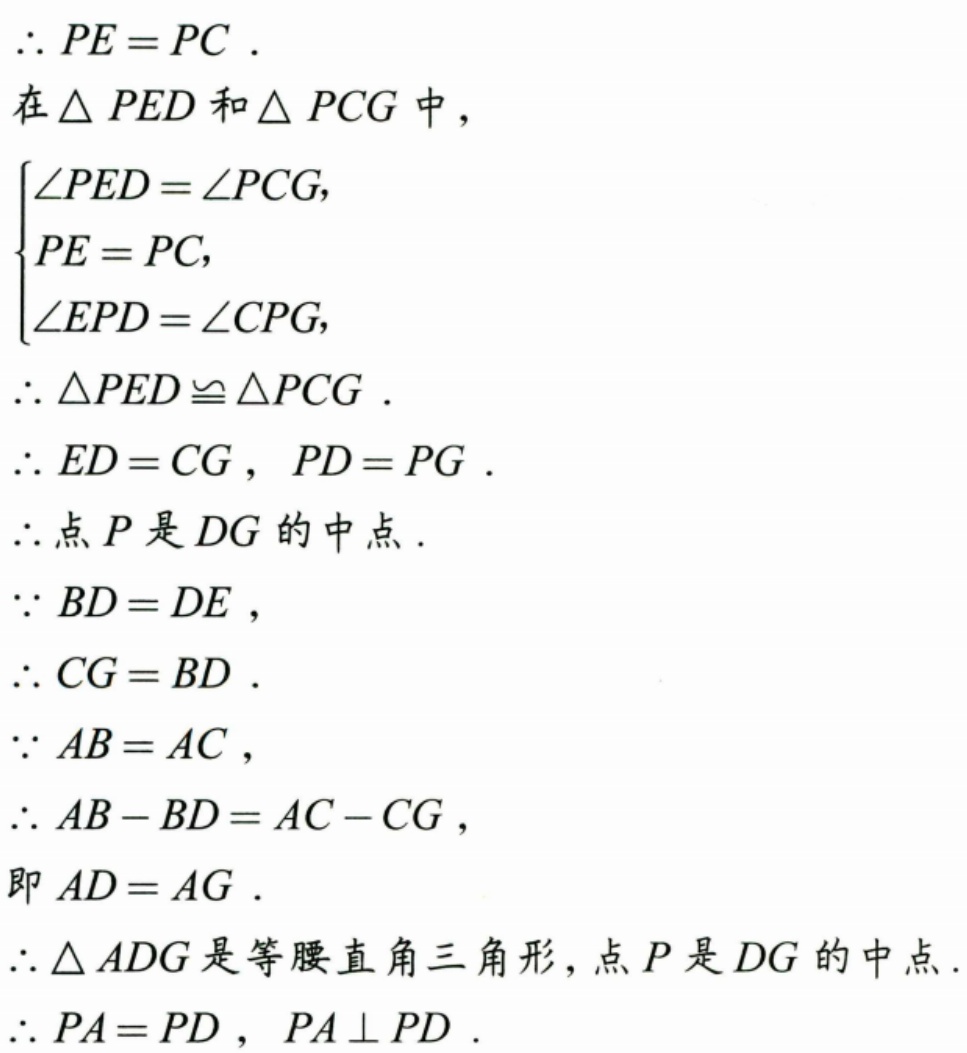
\(\therefore PE = PC\).
在\(\triangle PED\)和\(\triangle PCG\)中，
\(\begin{cases}\angle PED=\angle PCG,\\PE = PC,\\\angle EPD=\angle CPG,\end{cases}\)
\(\therefore\triangle PED\cong\triangle PCG\).
\(\therefore ED = CG\)，\(PD = PG\).
\(\therefore\)点\(P\)是\(DG\)的中点.
\(\because BD = DE\)，
\(\therefore CG = BD\).
\(\because AB = AC\)，
\(\therefore AB - BD = AC - CG\)，
即\(AD = AG\).
\(\therefore\triangle ADG\)是等腰直角三角形，点\(P\)是\(DG\)的中点.
\(\therefore PA = PD\)，\(PA\perp PD\).